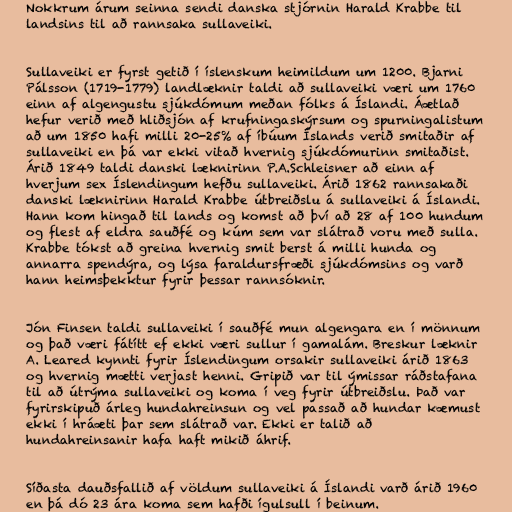
Nokkrum árum seinna sendi danska stjórnin Harald Krabbe til
landsins til að rannsaka sullaveiki.

Sullaveiki er fyrst getið í íslenskum heimildum um 1200. Bjarni
Pálsson (1719-1779) landlæknir taldi að sullaveiki væri um 1760
einn af algengustu sjúkdómum meðan fólks á Íslandi. Áætlað
hefur verið með hliðsjón af krufningaskýrsum og spurningalistum
að um 1850 hafi milli 20-25% af íbúum Íslands verið smitaðir af
sullaveiki en þá var ekki vitað hvernig sjúkdómurinn smitaðist.
Árið 1849 taldi danski læknirinn P.A.Schleisner að einn af
hverjum sex Íslendingum hefðu sullaveiki. Árið 1862 rannsakaði
danski læknirinn Harald Krabbe útbreiðslu á sullaveiki á Íslandi.
Hann kom hingað til lands og komst að því að 28 af 100 hundum
og flest af eldra sauðfé og kúm sem var slátrað voru með sulla.
Krabbe tókst að greina hvernig smit berst á milli hunda og
annarra spendýra, og lýsa faraldursfræði sjúkdómsins og varð
hann heimsþekktur fyrir þessar rannsóknir.

Jón Finsen taldi sullaveiki í sauðfé mun algengara en í mönnum
og það væri fátítt ef ekki væri sullur í gamalám. Breskur læknir
A. Leared kynnti fyrir Íslendingum orsakir sullaveiki árið 1863
og hvernig mætti verjast henni. Gripið var til ýmissar ráðstafana
til að útrýma sullaveiki og koma í veg fyrir útbreiðslu. Það var
fyrirskipuð árleg hundahreinsun og vel passað að hundar kæmust
ekki í hráæti þar sem slátrað var. Ekki er talið að
hundahreinsanir hafa haft mikið áhrif.

Síðasta dauðsfallið af völdum sullaveiki á Íslandi varð árið 1960
en þá dó 23 ára koma sem hafði ígulsull í beinum.